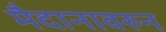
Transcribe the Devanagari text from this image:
मैदानावरुन